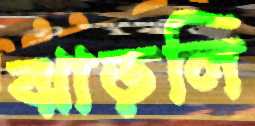
ঝাড়লি